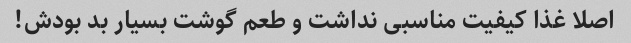
اصلا غذا کیفیت مناسبی نداشت و طعم گوشت بسیار بد بودش!